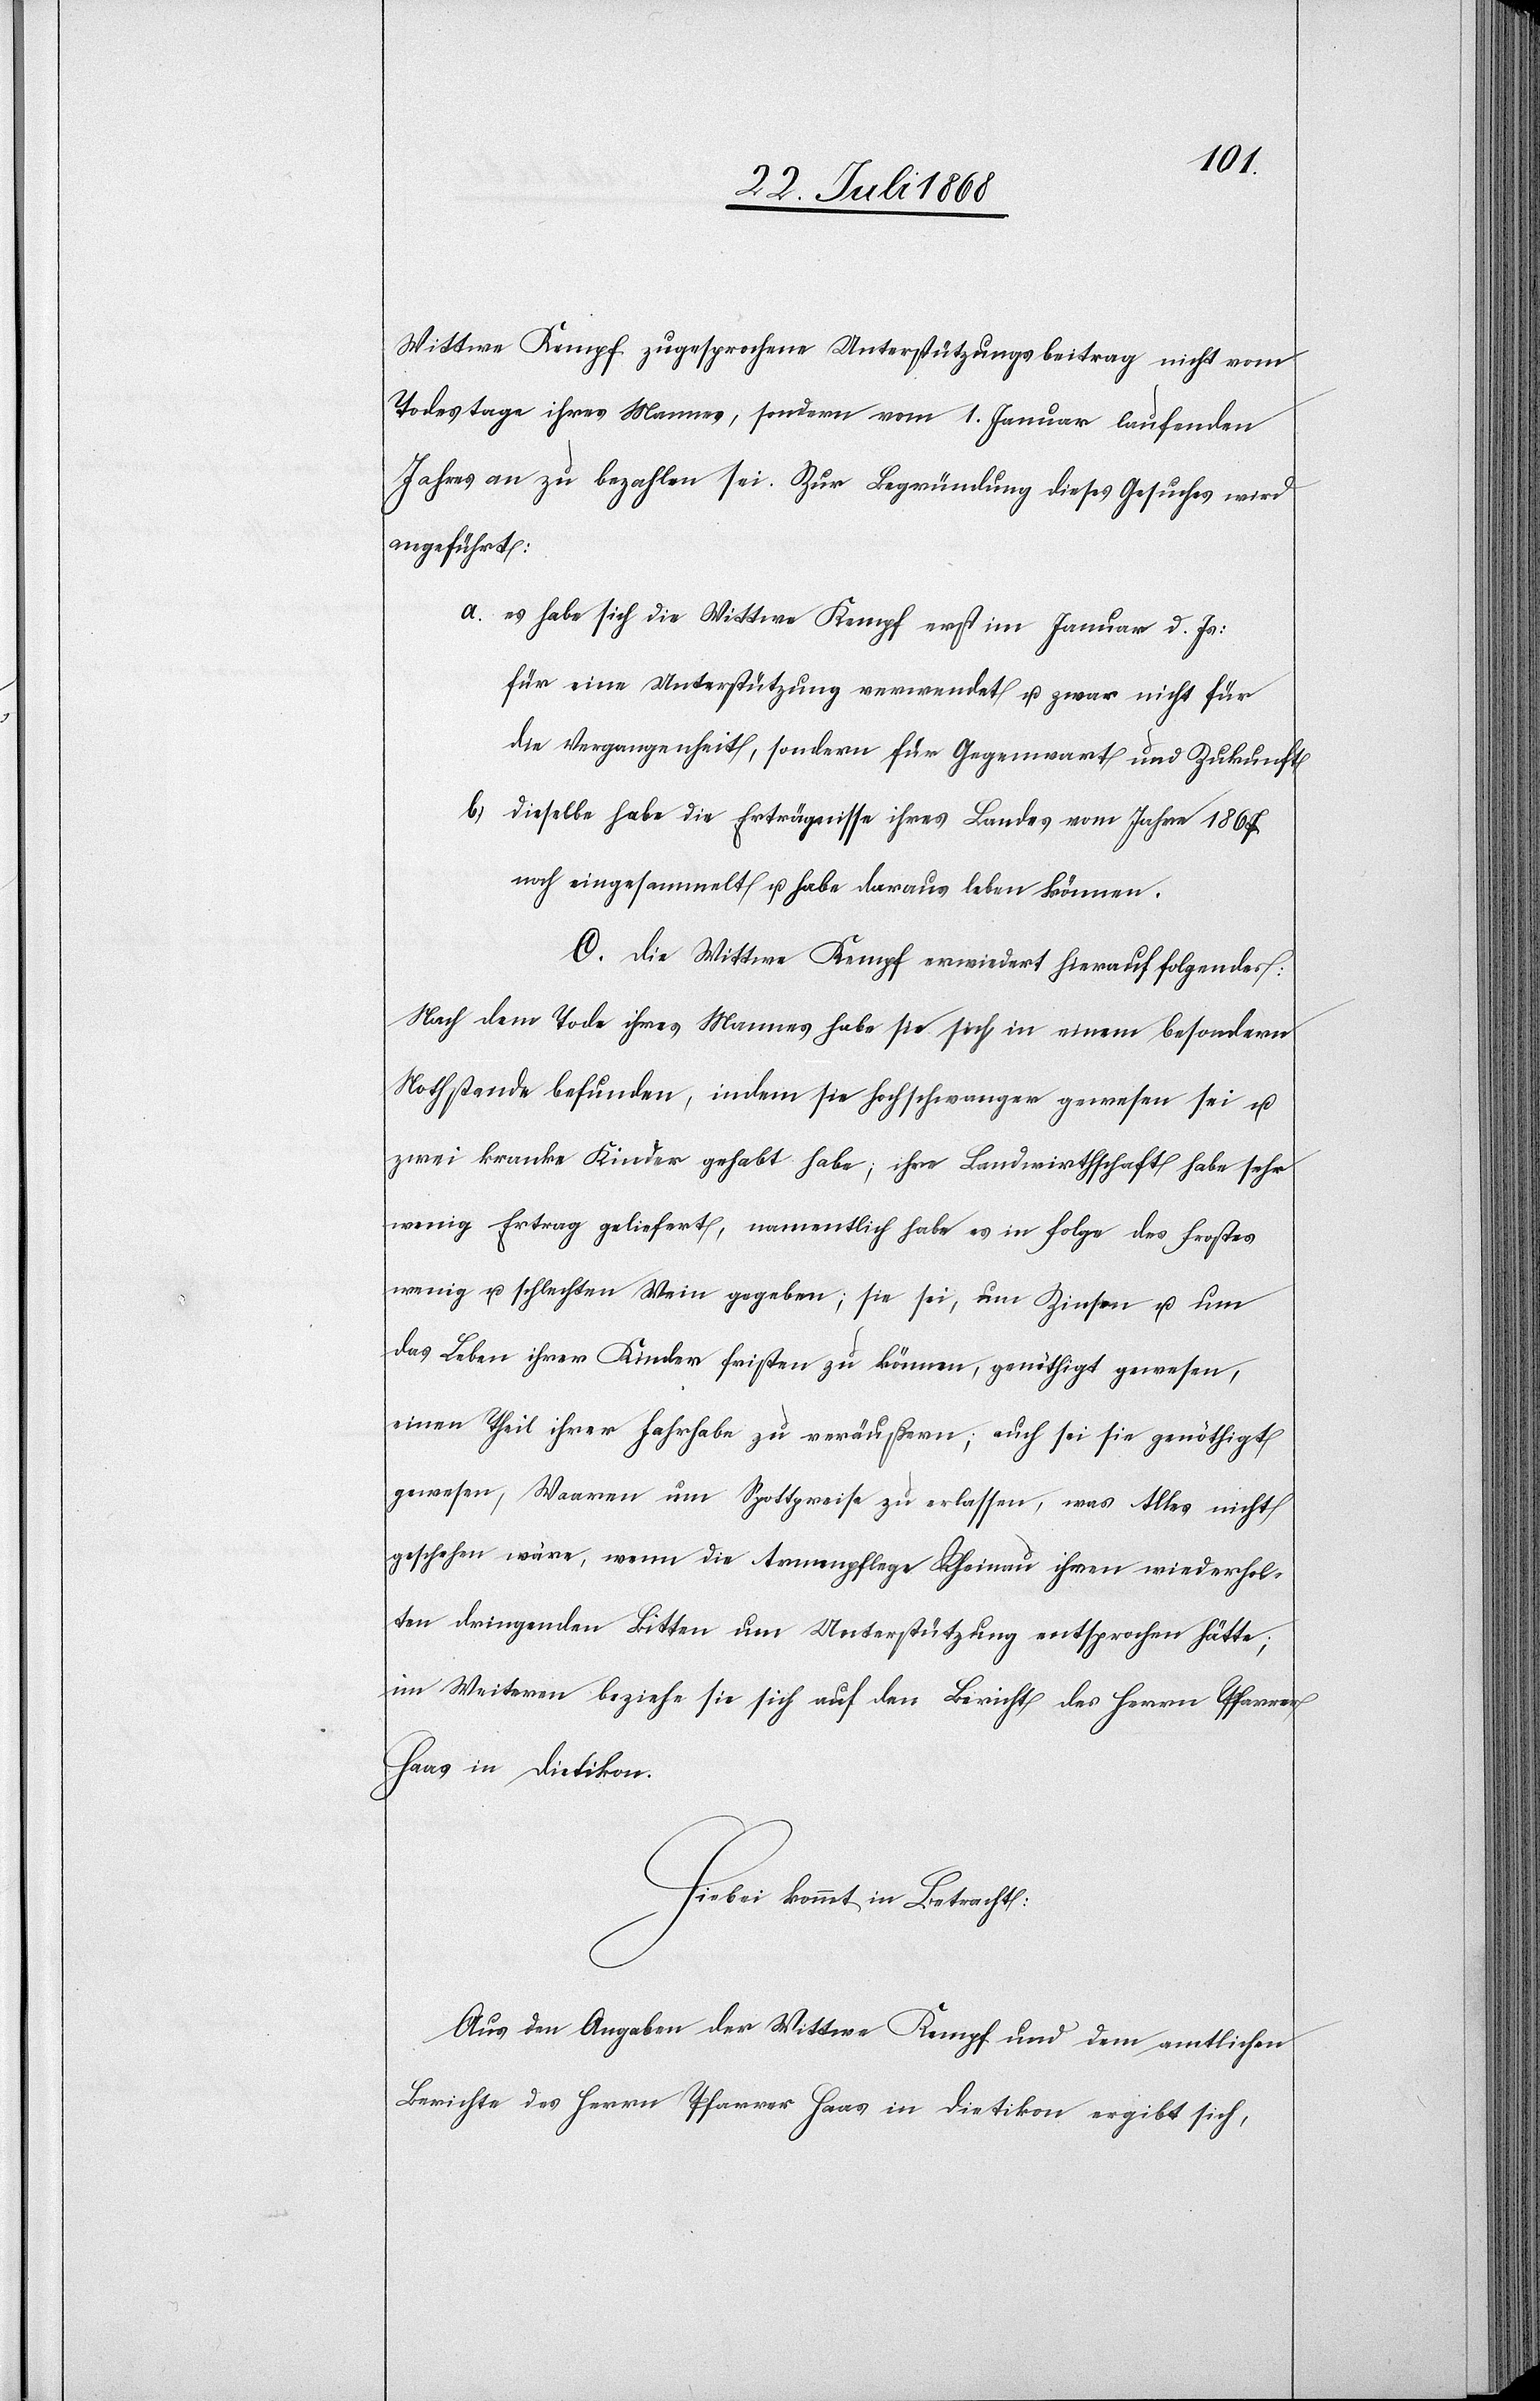
Wittwe Kempf zugesprochene Unterstützungsbeitrag nicht vom
Todestage ihres Mannes, sondern vom 1. Januar laufenden
Jahres an zu bezahlen sei. Zur Begründung dieses Gesuches wird
angeführt:
es habe sich die Wittwe Kempf erst im Januar d. Js:
für eine Unterstützung verwendet u. zwar nicht für
die Vergangenheit, sondern für Gegenwart und Zukunft
dieselbe habe die Erträgnisse ihres Landes vom Jahre 1867
noch eingesammelt u. habe daraus leben können.
C. Die Wittwe Kempf erwiedert hierauf folgendes:
Nach dem Tode ihres Mannes habe sie sich in einem besondern
Nothstande befunden, indem sie hochschwanger gewesen sei u.
zwei kranke Kinder gehabt habe; ihre Landwirthschaft habe sehr
wenig Ertrag geliefert, namentlich habe es in Folge des Frostes
wenig u. schlechten Wein gegeben; sie sei, um Zinsen u. um
das Leben ihrer Kinder fristen zu können, genöthigt gewesen,
einen Theil ihrer Fahrhabe zu veräußern; auch sei sie genöthigt
gewesen, Waaren um Spottpreise zu erlassen, was Alles nicht
geschehen wäre, wenn die Armenpflege Rheinau ihren wiederhol¬
ten dringenden Bitten um Unterstützung entsprochen hätte;
im Weiteren beziehe sie sich auf den Bericht des Herrn Pfarrer
Haas in Dietikon.
Hiebei kommt in Betracht:
Aus den Angaben der Wittwe Kempf und dem amtlichen
Berichte des Herrn Pfarrer Haas in Dietikon ergibt sich,